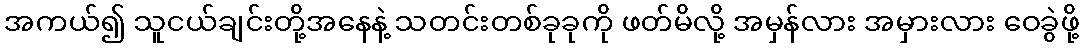
အကယ်၍ သူငယ်ချင်းတို့အနေနဲ့ သတင်းတစ်ခုခုကို ဖတ်မိလို့ အမှန်လား အမှားလား ဝေခွဲဖို့